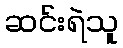
ဆင်းရဲသူ